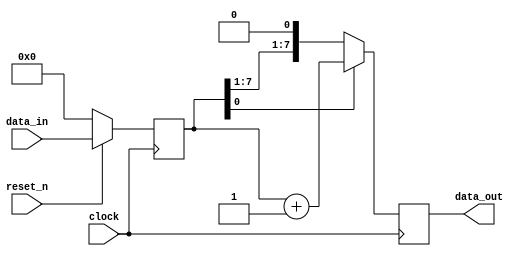
module synchronous_design (
    input wire clock,        // Clock signal
    input wire reset_n,     // Active low reset signal
    input wire [7:0] data_in, // Input data
    output reg [7:0] data_out // Output data
);

    // State variable
    reg [7:0] state;

    // Positive edge-triggered block
    always @(posedge clock) begin
        if (!reset_n) begin
            // Reset state on active low reset
            state <= 8'b0;
        end else begin
            // Update state with input data
            state <= data_in;
        end
    end

    // Negative edge-triggered block
    always @(negedge clock) begin
        // Example of conditional execution
        if (state[0]) begin
            // Perform some operation based on the state
            data_out <= state + 1; // Increment state and assign to output
        end else begin
            data_out <= state; // Pass through state to output
        end
    end

endmodule